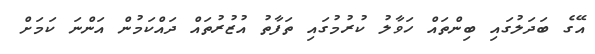
އޭގެ ބަދަލުގައި ބިންތައް ހަވާލު ކުރުމުގައި ތަފާތު އުޒުރުތައް ދައްކަމުން އަންނަ ކަމަށް